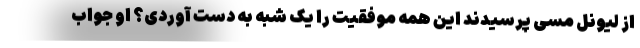
از لیونل مسی پرسیدند این همه موفقیت را یک شبه به دست آوردی؟ او جواب